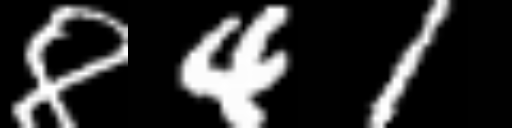
Text: 841